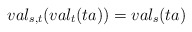
\begin{align*}val_{s,t}(val_{t}(ta))=val_{s}(ta)\end{align*}